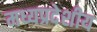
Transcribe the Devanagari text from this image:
मध्यप्रदेशीय